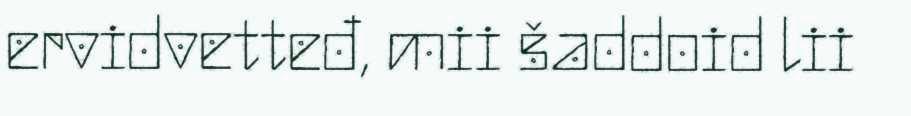
ervidvetteđ, mii šaddoid lii